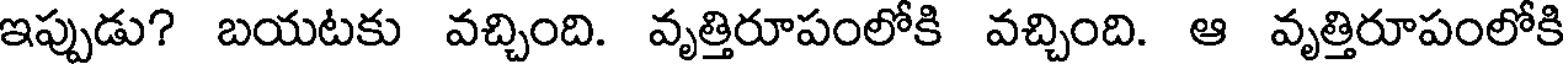
ఇప్పుడు? బయటకు వచ్చింది. వృత్తిరూపంలోకి వచ్చింది. ఆ వృత్తిరూపంలోకి